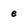
Character: e